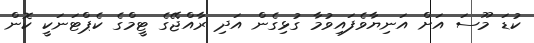
ކުޑަ މޫސަ އަށް އަނިޔާވެފައިވުމާ ގުޅިގެން އަދި ރާއްޖޭގެ ޓީމްގެ ކެޕްޓަނަކީ ކޮން